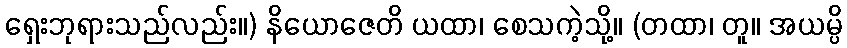
ရှေးဘုရားသည်လည်း။) နိယောဇေတိ ယထာ၊ စေသကဲ့သို့။ (တထာ၊ တူ။ အယမ္ပိ